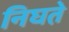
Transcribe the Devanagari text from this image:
निघत़े